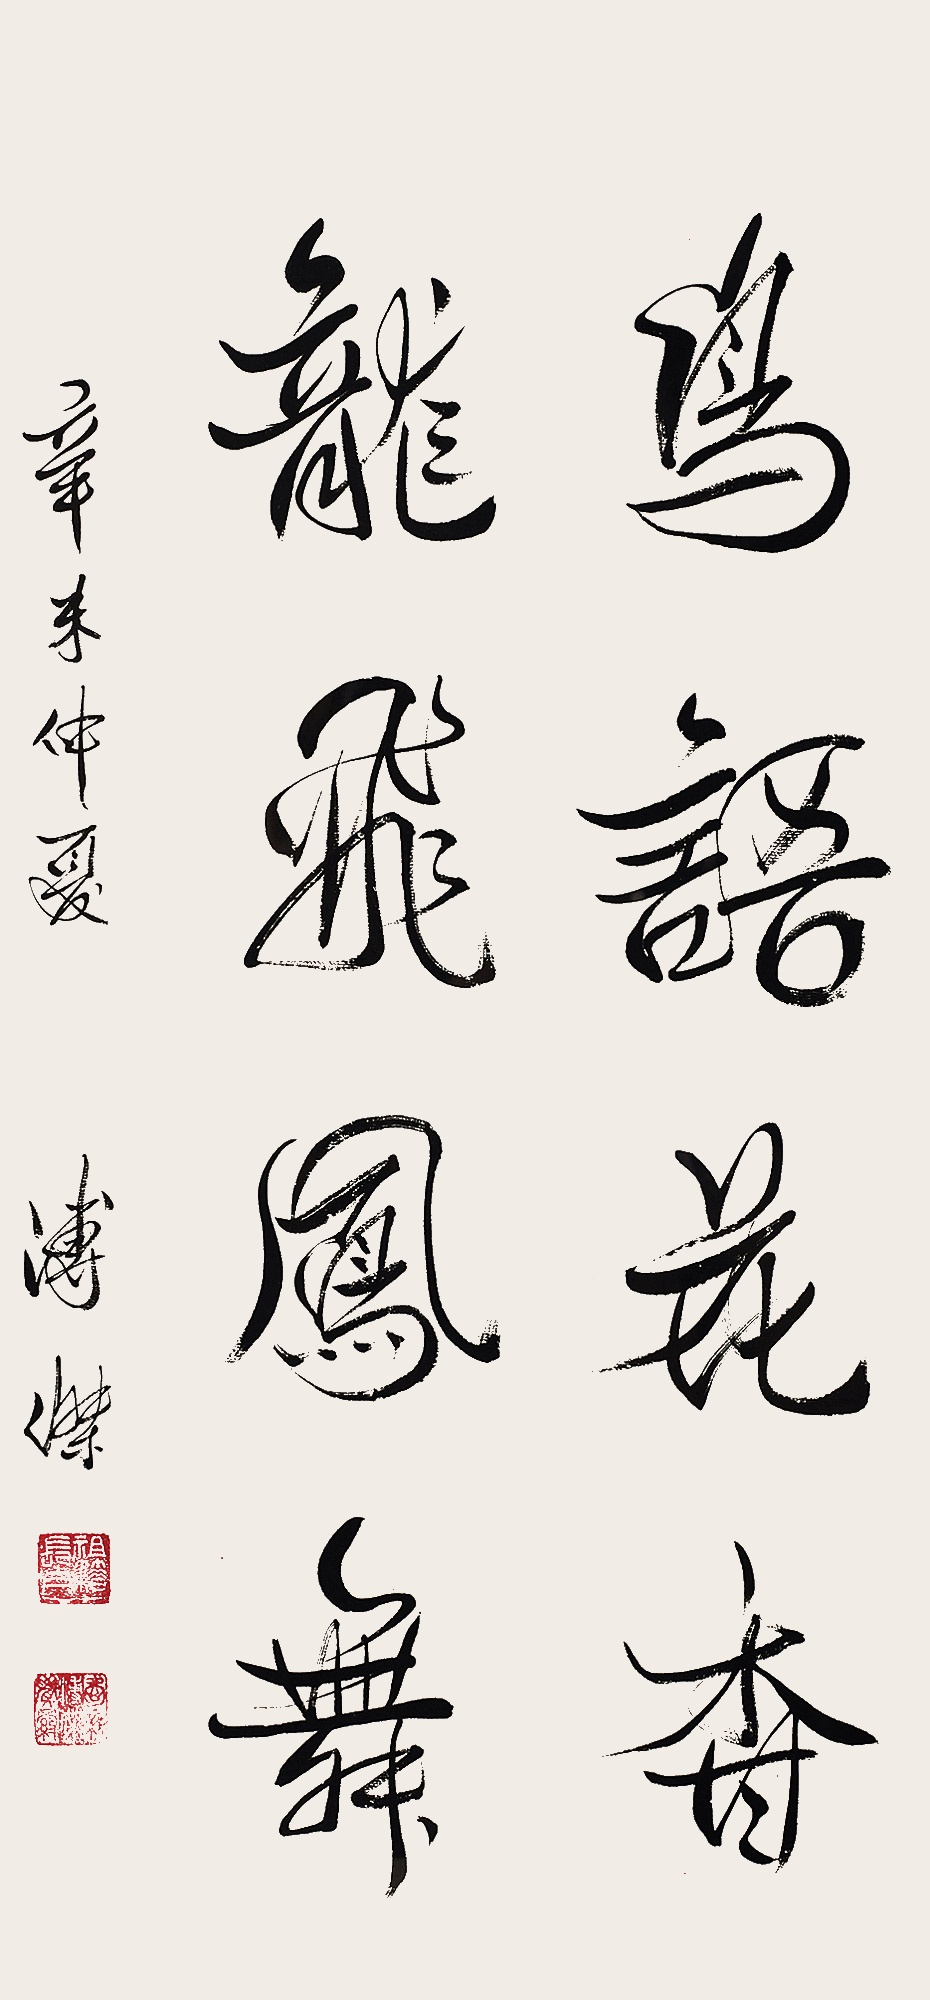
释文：鸟语花香，龙飞凤舞。辛未仲夏，溥杰。